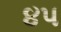
૪પ